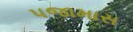
પજામાસ